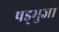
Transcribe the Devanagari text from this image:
षड्भुजा